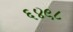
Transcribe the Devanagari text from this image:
६४९८